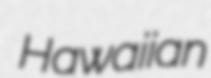
Hawaiian